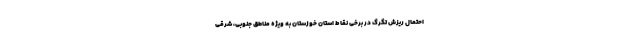
احتمال ریزش تگرگ در برخی نقاط استان خوزستان به ویژه مناطق جنوبی، شرقی